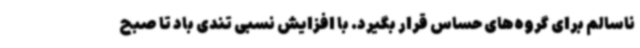
ناسالم برای گروه‌های حساس قرار بگیرد. با افزایش نسبی تندی باد تا صبح